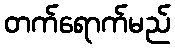
တက်ရောက်မည်